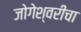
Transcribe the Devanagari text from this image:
जोगेश्वरीचा